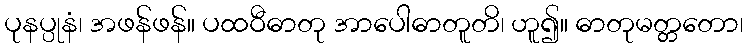
ပုနပ္ပုနံ၊ အဖန်ဖန်။ ပထဝီဓာတု အာပေါဓာတူတိ၊ ဟူ၍။ ဓာတုမတ္တတော၊